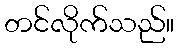
တင်လိုက်သည်။